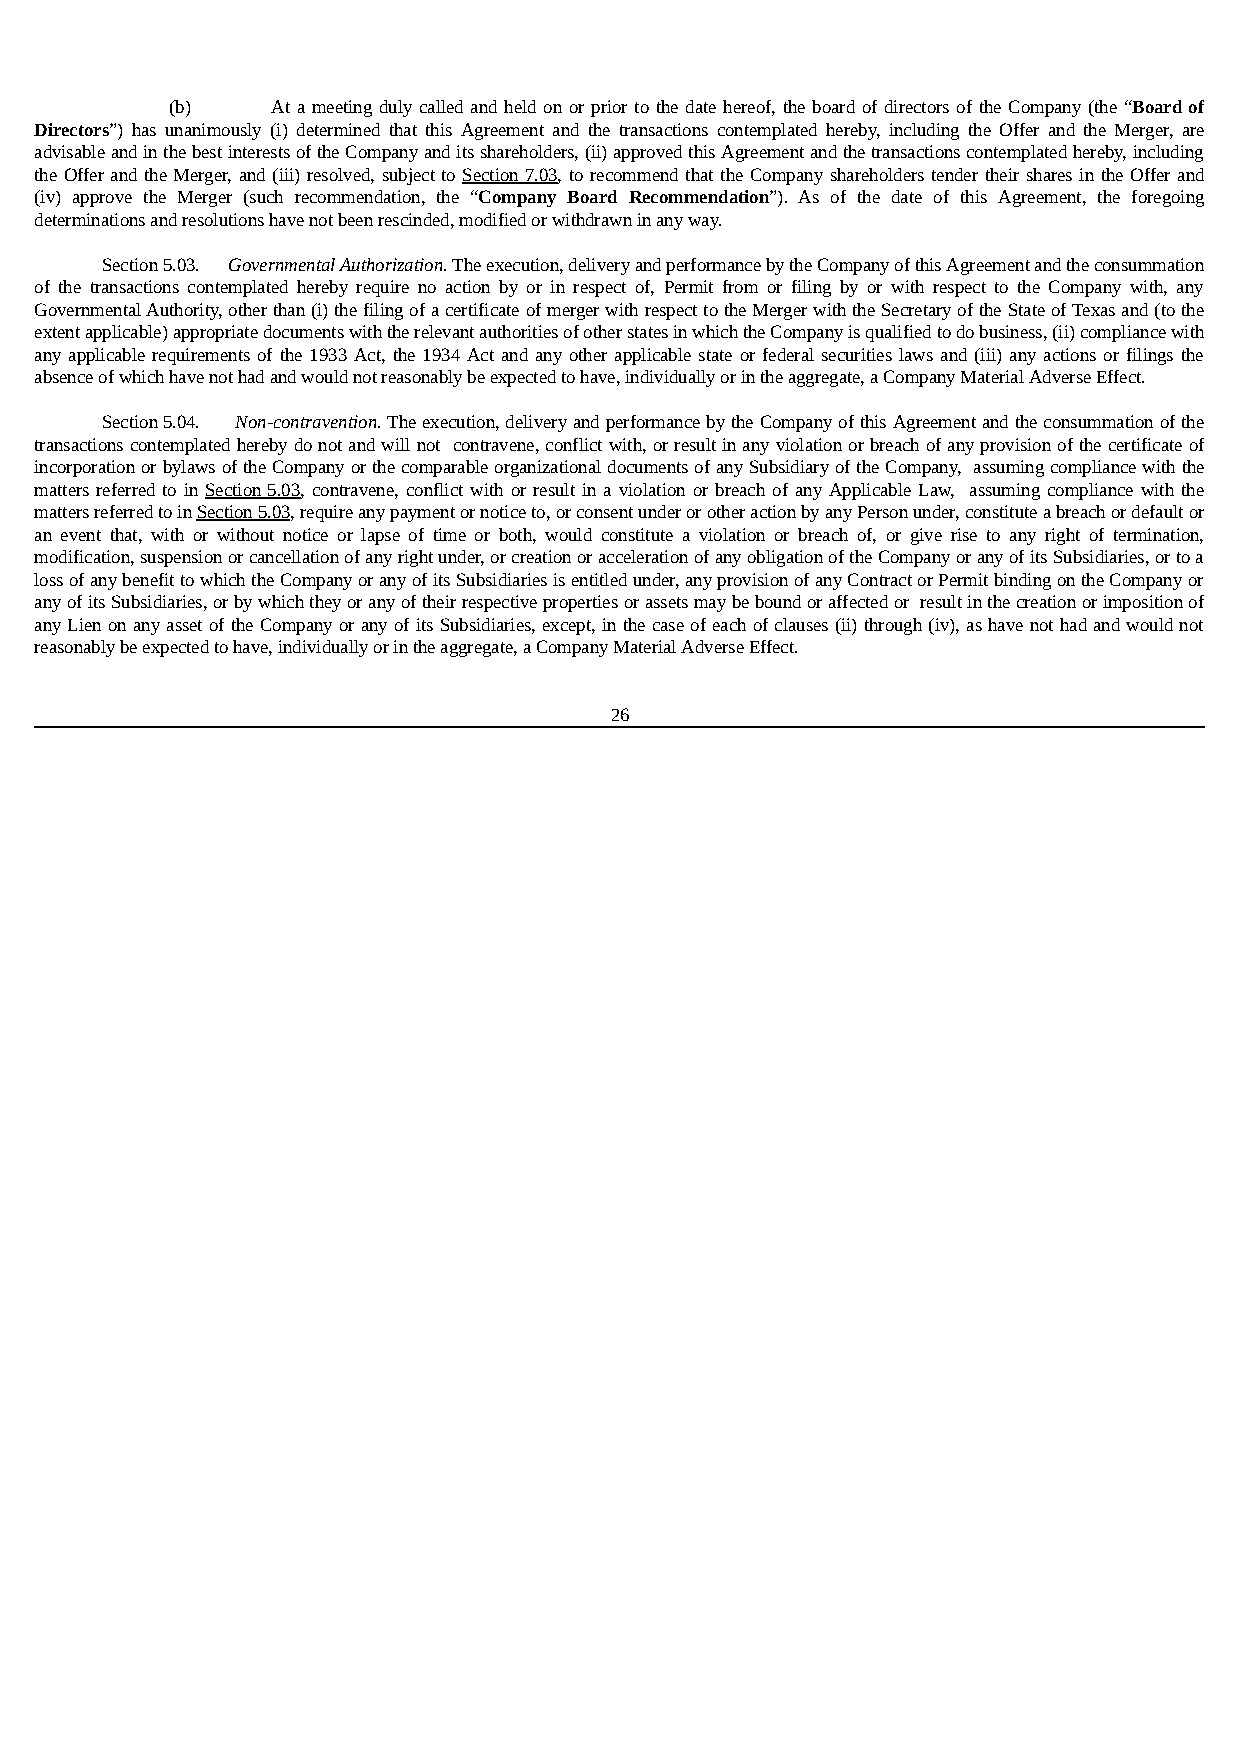
(b)    At a meeting duly called and held on or prior to the date hereof, the board of directors of the Company (the “Board of
 Directors”) has unanimously (i) determined that this Agreement and the transactions contemplated hereby, including the Offer and the Merger, are
 advisable and in the best interests of the Company and its shareholders, (ii) approved this Agreement and the transactions contemplated hereby, including
 the Offer and the Merger, and (iii) resolved, subject to Section 7.03, to recommend that the Company shareholders tender their shares in the Offer and
 (iv) approve the Merger (such recommendation, the “Company Board Recommendation”). As of the date of this Agreement, the foregoing
 determinations and resolutions have not been rescinded, modified or withdrawn in any way.
 Section 5.03. Governmental Authorization. The execution, delivery and performance by the Company of this Agreement and the consummation
 of the transactions contemplated hereby require no action by or in respect of, Permit from or filing by or with respect to the Company with, any
 Governmental Authority, other than (i) the filing of a certificate of merger with respect to the Merger with the Secretary of the State of Texas and (to the
 extent applicable) appropriate documents with the relevant authorities of other states in which the Company is qualified to do business, (ii) compliance with
 any applicable requirements of the 1933 Act, the 1934 Act and any other applicable state or federal securities laws and (iii) any actions or filings the
 absence of which have not had and would not reasonably be expected to have, individually or in the aggregate, a Company Material Adverse Effect.
 Section 5.04. Non-contravention. The execution, delivery and performance by the Company of this Agreement and the consummation of the
 transactions contemplated hereby do not and will not contravene, conflict with, or result in any violation or breach of any provision of the certificate of
 incorporation or bylaws of the Company or the comparable organizational documents of any Subsidiary of the Company, assuming compliance with the
 matters referred to in Section 5.03, contravene, conflict with or result in a violation or breach of any Applicable Law, assuming compliance with the
 matters referred to in Section 5.03, require any payment or notice to, or consent under or other action by any Person under, constitute a breach or default or
 an event that, with or without notice or lapse of time or both, would constitute a violation or breach of, or give rise to any right of termination,
 modification, suspension or cancellation of any right under, or creation or acceleration of any obligation of the Company or any of its Subsidiaries, or to a
 loss of any benefit to which the Company or any of its Subsidiaries is entitled under, any provision of any Contract or Permit binding on the Company or
 any of its Subsidiaries, or by which they or any of their respective properties or assets may be bound or affected or result in the creation or imposition of
 any Lien on any asset of the Company or any of its Subsidiaries, except, in the case of each of clauses (ii) through (iv), as have not had and would not
 reasonably be expected to have, individually or in the aggregate, a Company Material Adverse Effect.
 26